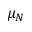
\mu _ { N }